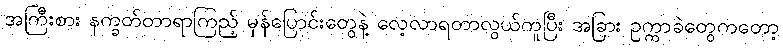
အကြီးစား နက္ခတ်တာရာကြည့် မှန်ပြောင်းတွေနဲ့ လေ့လာရတာလွယ်ကူပြီး အခြား ဥက္ကာခဲတွေကတော့